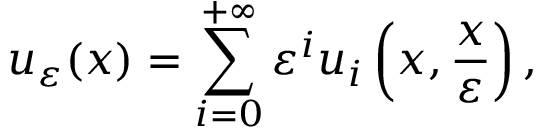
u _ { \varepsilon } ( x ) = \sum _ { i = 0 } ^ { + \infty } \varepsilon ^ { i } u _ { i } \left( x , \frac { x } { \varepsilon } \right) ,